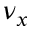
\nu _ { x }